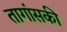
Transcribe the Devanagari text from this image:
तागांसकी